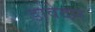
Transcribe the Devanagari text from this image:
डावेदार